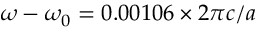
\omega - \omega _ { 0 } = 0 . 0 0 1 0 6 \times 2 \pi c / a